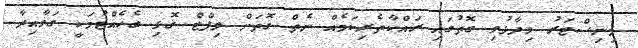
މިނިސްޓަރު ވިދާޅުވި ގޮތުގައި ރައްކާތެރިކަމެއް ނެތް ގޮތަށް ލިފްޓް ގޮޅި ބެހެއްޓުމަކީ ގަވާއިދާ